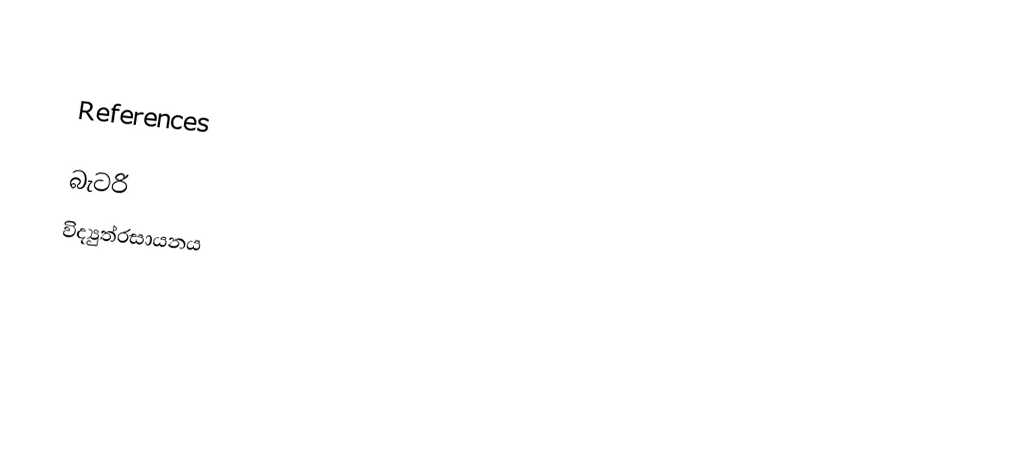

References

බැටරි
විද්‍යුත්රසායනය